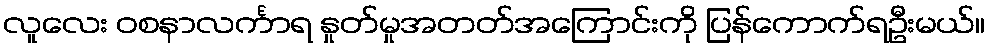
လူလေး ဝစနာလင်္ကာရ နှုတ်မှုအတတ်အကြောင်းကို ပြန်ကောက်ရဦးမယ်။